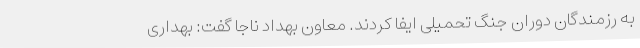
به رزمندگان دوران جنگ تحمیلی ایفا کردند. معاون بهداد ناجا گفت: بهداری